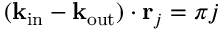
( \mathbf { k } _ { \mathrm { i n } } - \mathbf { k } _ { \mathrm { o u t } } ) \cdot \mathbf { r } _ { j } = \pi j